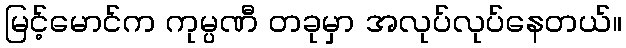
မြင့်မောင်က ကုမ္ပဏီ တခုမှာ အလုပ်လုပ်နေတယ်။